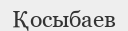
Қосыбаев